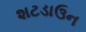
શટડાઉન